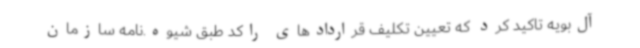
آل‌بویه تاکید کرد که تعیین تکلیف قراردادهای راکد طبق شیوه.نامه سازمان